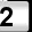
Digit: 2